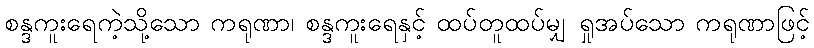
စန္ဒကူးရေကဲ့သို့သော ကရုဏာ၊ စန္ဒကူးရေနှင့် ထပ်တူထပ်မျှ ရှုအပ်သော ကရုဏာဖြင့်